Scottish Certificate of Education, 1962
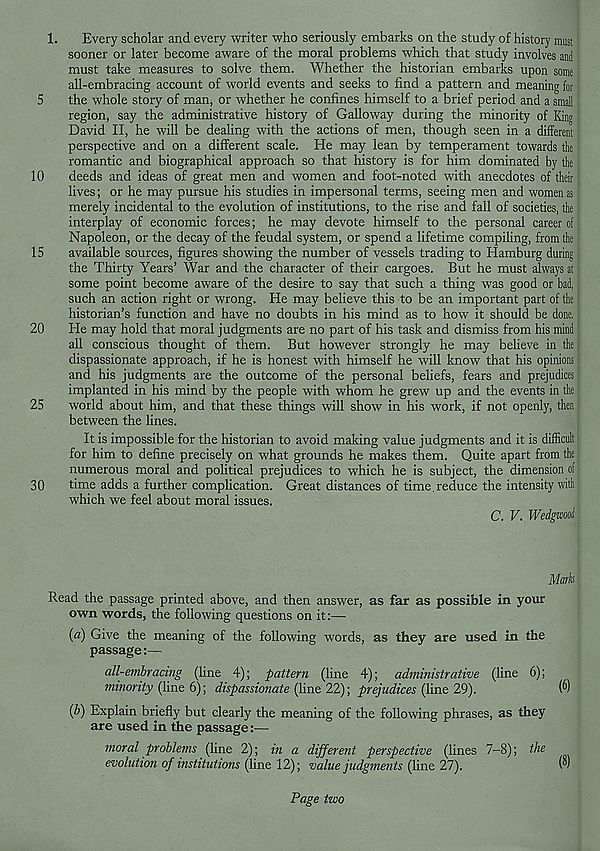
1.
Every scholar and every writer who seriously embarks on the study of history must
sooner or later become aware of the moral problems which that study involves and
must take measures to solve them. Whether the historian embarks upon some
all-embracing account of world events and seeks to find a pattern and meaning for
5
the whole story of man, or whether he confines himself to a brief period and a small
region, say the administrative history of Galloway during the minority of King
David II, he will be dealing with the actions of men, though seen in a different
perspective and on a different scale. He may lean by temperament towards the
romantic and biographical approach so that history is for him dominated by the
10
deeds and ideas of great men and women and foot-noted with anecdotes of their
lives; or he may pursue his studies in impersonal terms, seeing men and women as
merely incidental to the evolution of institutions, to the rise and fall of societies, the
interplay of economic forces; he may devote himself to the personal career of
Napoleon, or the decay of the feudal system, or spend a lifetime compiling, from the
15
available sources, figures showing the number of vessels trading to Hamburg during
the Thirty Years’ War and the character of their cargoes. But he must always at
some point become aware of the desire to say that such a thing was good or bad,
such an action right or wrong. He may believe this to be an important part of the
historian’s function and have no doubts in his mind as to how it should be done,
20
He may hold that moral judgments are no part of his task and dismiss from his mind
all conscious thought of them. But however strongly he may believe in the
dispassionate approach, if he is honest with himself he will know that his opinions
and his judgments are the outcome of the personal beliefs, fears and prejudices
implanted in his mind by the people with whom he grew up and the events in the
25
world about him, and that these things will show in his work, if not openly, then
between the lines.
It is impossible for the historian to avoid making value judgments and it is difficult
for him to define precisely on what grounds he makes them. Quite apart from the
numerous moral and political prejudices to which he is subject, the dimension of
30
time adds a further complication. Great distances of time, reduce the intensity with
which we feel about moral issues.
C. V. Wedgwooi
Mark
Read the passage printed above, and then answer, as far as possible in your
own words, the following questions on it:—
(a) Give the meaning of the following words, as they are used in the
passage:—
all-embracing (fine 4); pattern (line 4); administrative (line 6);
minority (line 6); dispassionate (line 22); prejudices (line 29).
(b) Explain briefly but clearly the meaning of the following phrases, as they
are used in the passage:—
moral problems (line 2); in a different perspective (lines 7-8); the
evolution of institutions (line 12); value judgments (line 27).
W
Page two